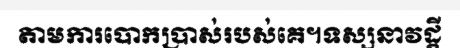
តាមការបោកប្រាស់របស់គេ។ទស្សនាវដ្តី